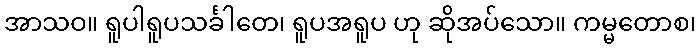
အာသဝ။ ရူပါရူပသင်္ခါတေ၊ ရူပအရူပ ဟု ဆိုအပ်သော။ ကမ္မတောစ၊